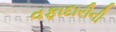
વફાદારીની